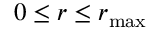
0 \leq r \leq r _ { \operatorname* { m a x } }